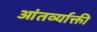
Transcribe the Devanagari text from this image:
आंतर्व्याक्ती